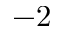
- 2